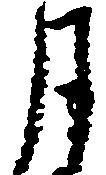
月